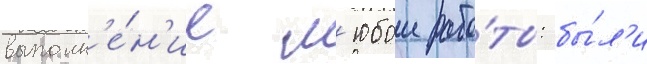
выполн'е́н'ие л'юбои рабо́ты: бы́л'и